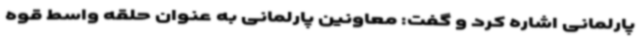
پارلمانی اشاره کرد و گفت: معاونین پارلمانی به عنوان حلقه واسط قوه